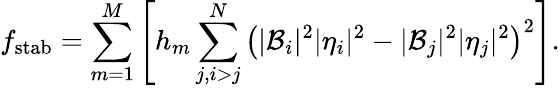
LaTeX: f_{\mathrm{stab}}=\sum_{m=1}^{M}\left[h_{m}\sum_{j,i>j}^{N}\left(|\mathcal{B}_{i}|^{2}|\eta_{i}|^{2}-|\mathcal{B}_{j}|^{2}|\eta_{j}|^{2}\right)^{2}\right].